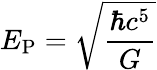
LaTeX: E_{\mathrm{P}}={\sqrt{\frac{\hbar c^{5}}{G}}}